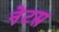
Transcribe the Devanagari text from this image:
नेटस